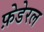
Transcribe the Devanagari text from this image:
फ़ेडेरल